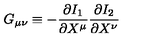
G _ { \mu \nu } \equiv - \frac { \partial I _ { 1 } } { \partial X ^ { \mu } } \frac { \partial I _ { 2 } } { \partial X ^ { \nu } }